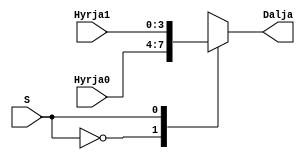
module mux2ne1_4b(
    input [3:0] Hyrja0,
    input [3:0] Hyrja1,
    input  S,
    output reg [3:0]  Dalja
    );    

  //assign Dalja = S ? ; Hyrja1 : Hyrja0;

always@* begin
        case (S)
            1'b0:  Dalja = Hyrja0;
            1'b1:  Dalja = Hyrja1;
        endcase
    end

  endmodule